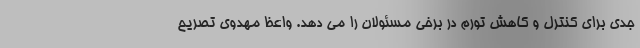
جدی برای کنترل و کاهش تورم در برخی مسئولان را می دهد. واعظ مهدوی تصریح